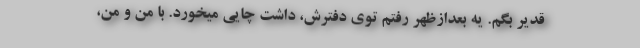
قدیر بگم. یه بعدازظهر رفتم توی دفترش، داشت چایی میخورد. با من و من،